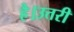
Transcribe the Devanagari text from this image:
है।उत्तरी